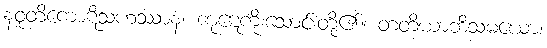
နဝုတိကောဋိသဟဿာနံ၊ ကုဋေကိုးသောင်းတို့၏။ တတိယာဘိသမယော၊